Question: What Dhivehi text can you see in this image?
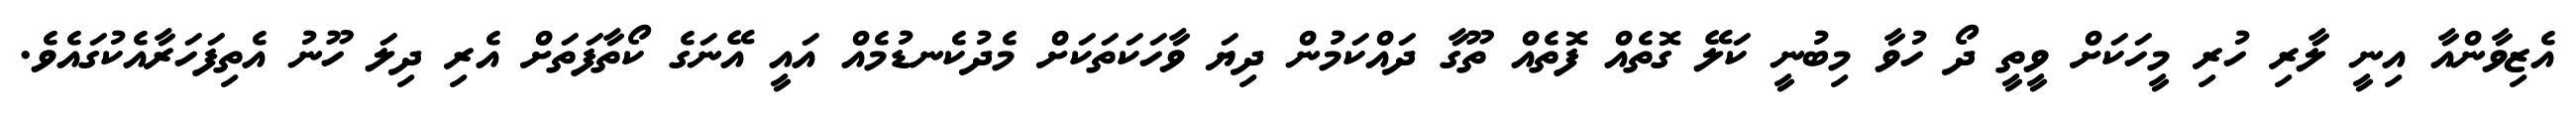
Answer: އެޒިވާންއާ އިނީ ލާރި ހުރި މީހަކަށް ވީތީ ދޯ ހުވާ މިބުނީ ކަލޭ ގޮތެއް ފޮތެއް ތޫގާ ދައްކަމުން ދިޔަ ވާހަކަތަކަށް މެދުކެނޑުމެއް އައީ އޭނަގެ ކޯތާފަތަށް އެރި ދިލަ ހޫނު އެތިފަހަރާއެކުގައެވެ.